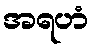
အရဟံ